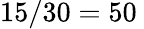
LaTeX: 15/30=50\